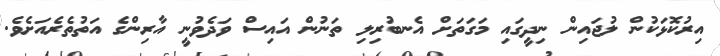
އިރުކޮޅަކުން ލުޖައިން ނިދީގައި މަގަތަށް އެނބުރިލި ތަނުން އައިސް ވަދެވުނީ އާރިންގެ އަތުތެރެއަށެވެ.